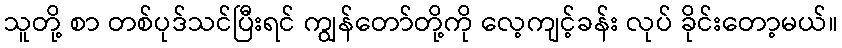
သူတို့ စာ တစ်ပုဒ်သင်ပြီးရင် ကျွန်တော်တို့ကို လေ့ကျင့်ခန်း လုပ် ခိုင်းတော့မယ်။